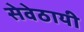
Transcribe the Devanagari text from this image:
सेवेठायी